Vaccine operations Central Provinces 1868-1885 - 1868-1885
Year: 1868
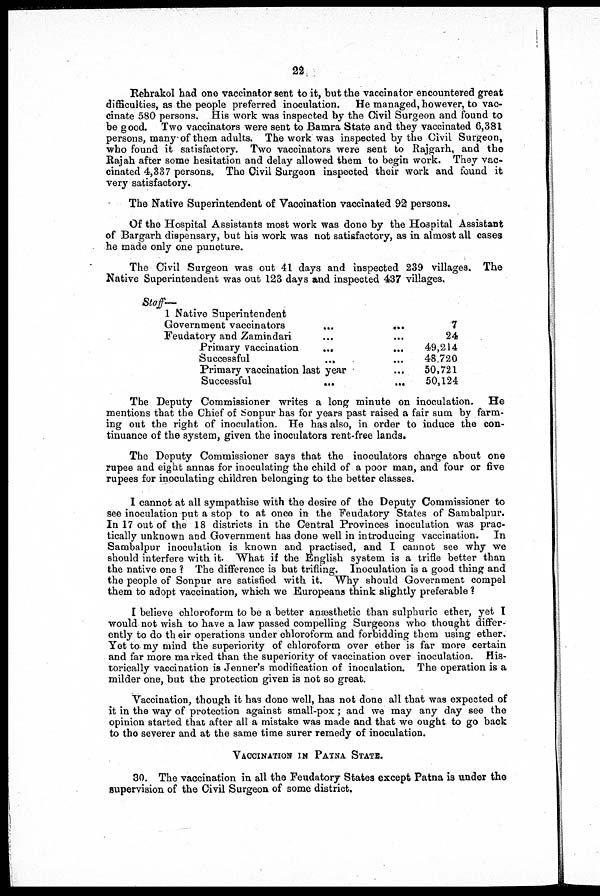
22
Rehrakol had one vaccinator sent to it, but the vaccinator encountered great
difficulties, as the people preferred inoculation. He managed, however, to vac-
cinate 580 persons. His work was inspected by the Civil Surgeon and found to
be good. Two vaccinators were sent to Bamra State and they vaccinated 6,381
persons, many of them adults. The work was inspected by the Civil Surgeon,
who found it satisfactory. Two vaccinators were sent to Rajgarh, and the
Rajah after some hesitation and delay allowed them to begin work. They vac-
cinated 4,337 persons. The Civil Surgeon inspected their work and found it
very satisfactory.
The Native Superintendent of Vaccination vaccinated 92 persons.
Of the Hospital Assistants most work was done by the Hospital Assistant
of Bargarh dispensary, but his work was not satisfactory, as in almost all cases
he made only one puncture.
The Civil Surgeon was out 41 days and inspected 239 villages. The
Native Superintendent was out 123 days and inspected 437 villages.
Staff—
1 Native superintendent... ... ... ...
Government
vaccinators...
...
...
...
Feudatory and Zamindari... ... ... ...
7
24
Primary
vaccination...
...
...
...
Successful...
...
...
...
Primary vaccination last year... ... ...
Successful...
...
...
49,214
48,720
50,721
50,124
The Deputy Commissioner writes a long minute on inoculation.
He
mentions that the Chief of Sonpur has for years past raised a fair sum by farm-
ing out the right of inoculation. He has also, in order to induce the con-
tinuance of the system, given the inoculators rent-free lands.
The Deputy Commissioner says that the inoculators charge about one
rupee and eight annas for inoculating the child of a poor man, and four or five
rupees for inoculating children belonging to the better classes.
I cannot at all sympathise with the desire of the Deputy Commissioner to
see inoculation put a stop to at once in the Feudatory States of Sambalpur.
In 17 out of the 18 districts in the Central Provinces inoculation was prac-
tically unknown and Government has done well in introducing vaccination. In
Sambalpur inoculation is known and practised, and I cannot see why we
should interfere with it. What if the English system is a trifle better than
the native one? The difference is but trifling. Inoculation is a good thing and
the people of Sonpur are satisfied with it. Why should Government compel
them to adopt vaccination, which we Europeans think slightly preferable ?
I believe chloroform to be a better anæsthetic than sulphuric ether, yet I
would not wish to have a law passed compelling Surgeons who thought differ-
ently to do their operations under chloroform and forbidding them using ether.
Yet to my mind the superiority of chloroform over ether is far more certain
and far more marked than the superiority of vaccination over inoculation. His-
torically vaccination is Jenner's modification of inoculation. The operation is a
milder one, but the protection given is not so great.
Vaccination, though it has done well, has not done all that was expected of
it in the way of protection against small-pox; and we may any day see the
opinion started that after all a mistake was made and that we ought to go back
to the severer and at the same time surer remedy of inoculation.
VACCINATION IN PATNA STATE.
30. The vaccination in all the Feudatory States except Patna is under the
supervision of the Civil Surgeon of some district.